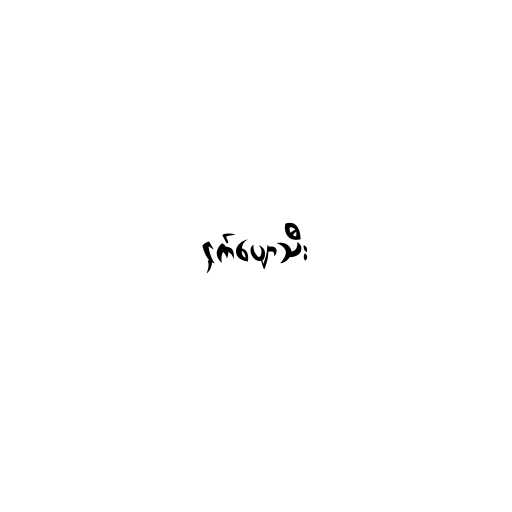
ငှက်ပျောသီး